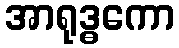
အာရုဒ္ဓကော